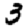
Digit: 3